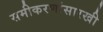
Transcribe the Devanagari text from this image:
समीकरणांसारखी